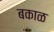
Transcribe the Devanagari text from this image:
बकाळ